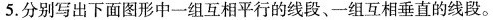
5.分别写出下面图形中一组互相平行的线段、一组互相垂直的线段。